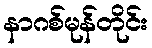
နာဂစ်မုန်တိုင်း